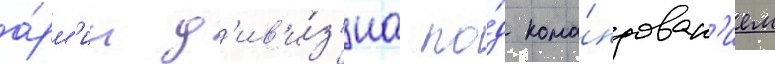
а́рм'ии д'ив'и́з'иа по́д кома́ндован'ием